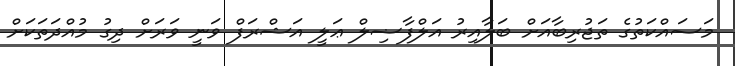
މަސައްކަތުގެ ތަޖުރިބާއަށް ބަލާއިރު އަލްފާޟިލް ޢަލީ އަޝްރަފް ވަނީ ވަރަށް ދިގު މުއްދަތަކަށް